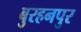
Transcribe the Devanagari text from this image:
बुरहनपुर